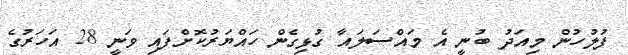
ފުލުހުން މިއަދު ބުނީ އެ މައްސަލައާ ގުޅިގެން ހައްޔަރުކޮށްފައި ވަނީ 28 އަހަރުގެ